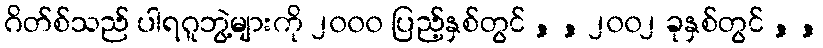
ဂိတ်စ်သည် ပါရဂူဘွဲ့များကို ၂၀၀၀ ပြည့်နှစ်တွင် , , ၂၀၀၂ ခုနှစ်တွင် , ,